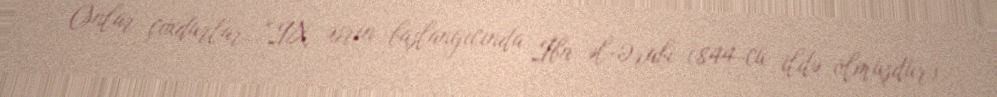
Onlar çoxdurlar…"IX əsrin başlanğıcında İbn əl-Ərabi (844-cü ildə ölmüşdür)